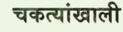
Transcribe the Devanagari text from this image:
चकत्यांखाली